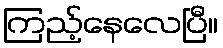
ကြည့်နေလေပြီ။